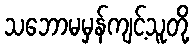
သဘောမမှန်ကျင့်သူတို့